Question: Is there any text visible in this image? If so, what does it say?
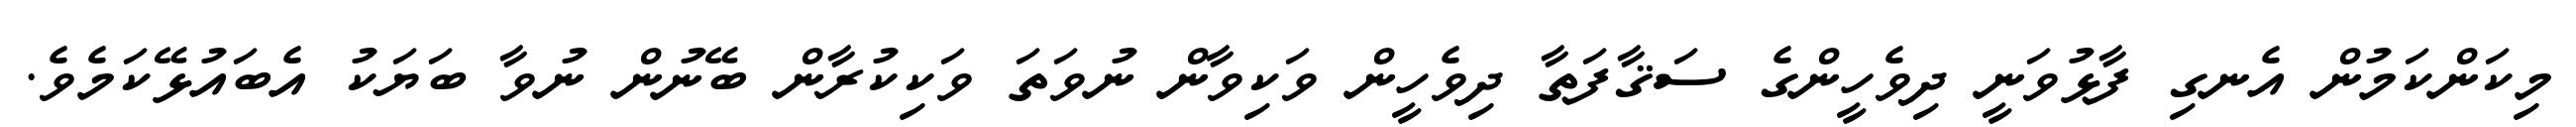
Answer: މިކަންކަމުން އެނގި ފާޅުވަނީ ދިވެހީންގެ ސަޤާފަތާ ދިވެހީން ވަކިވާން ނުވަތަ ވަކިކުރާން ބޭނުން ނުވާ ބަޔަކު އެބައުޅޭކަމެވެ.